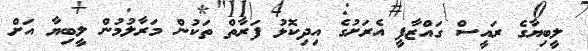
ލީބިޔާގެ ރައީސް ގައްޒާފީ އެރަށުގެ އިދިކޮޅު ފަރާތް ތަކުން މަރާލުމުން ލީބިޔާ އަށް